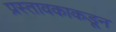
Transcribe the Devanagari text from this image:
प्रस्तावकाकडून